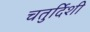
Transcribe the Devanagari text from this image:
चतुर्दिशी